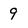
Character: 9